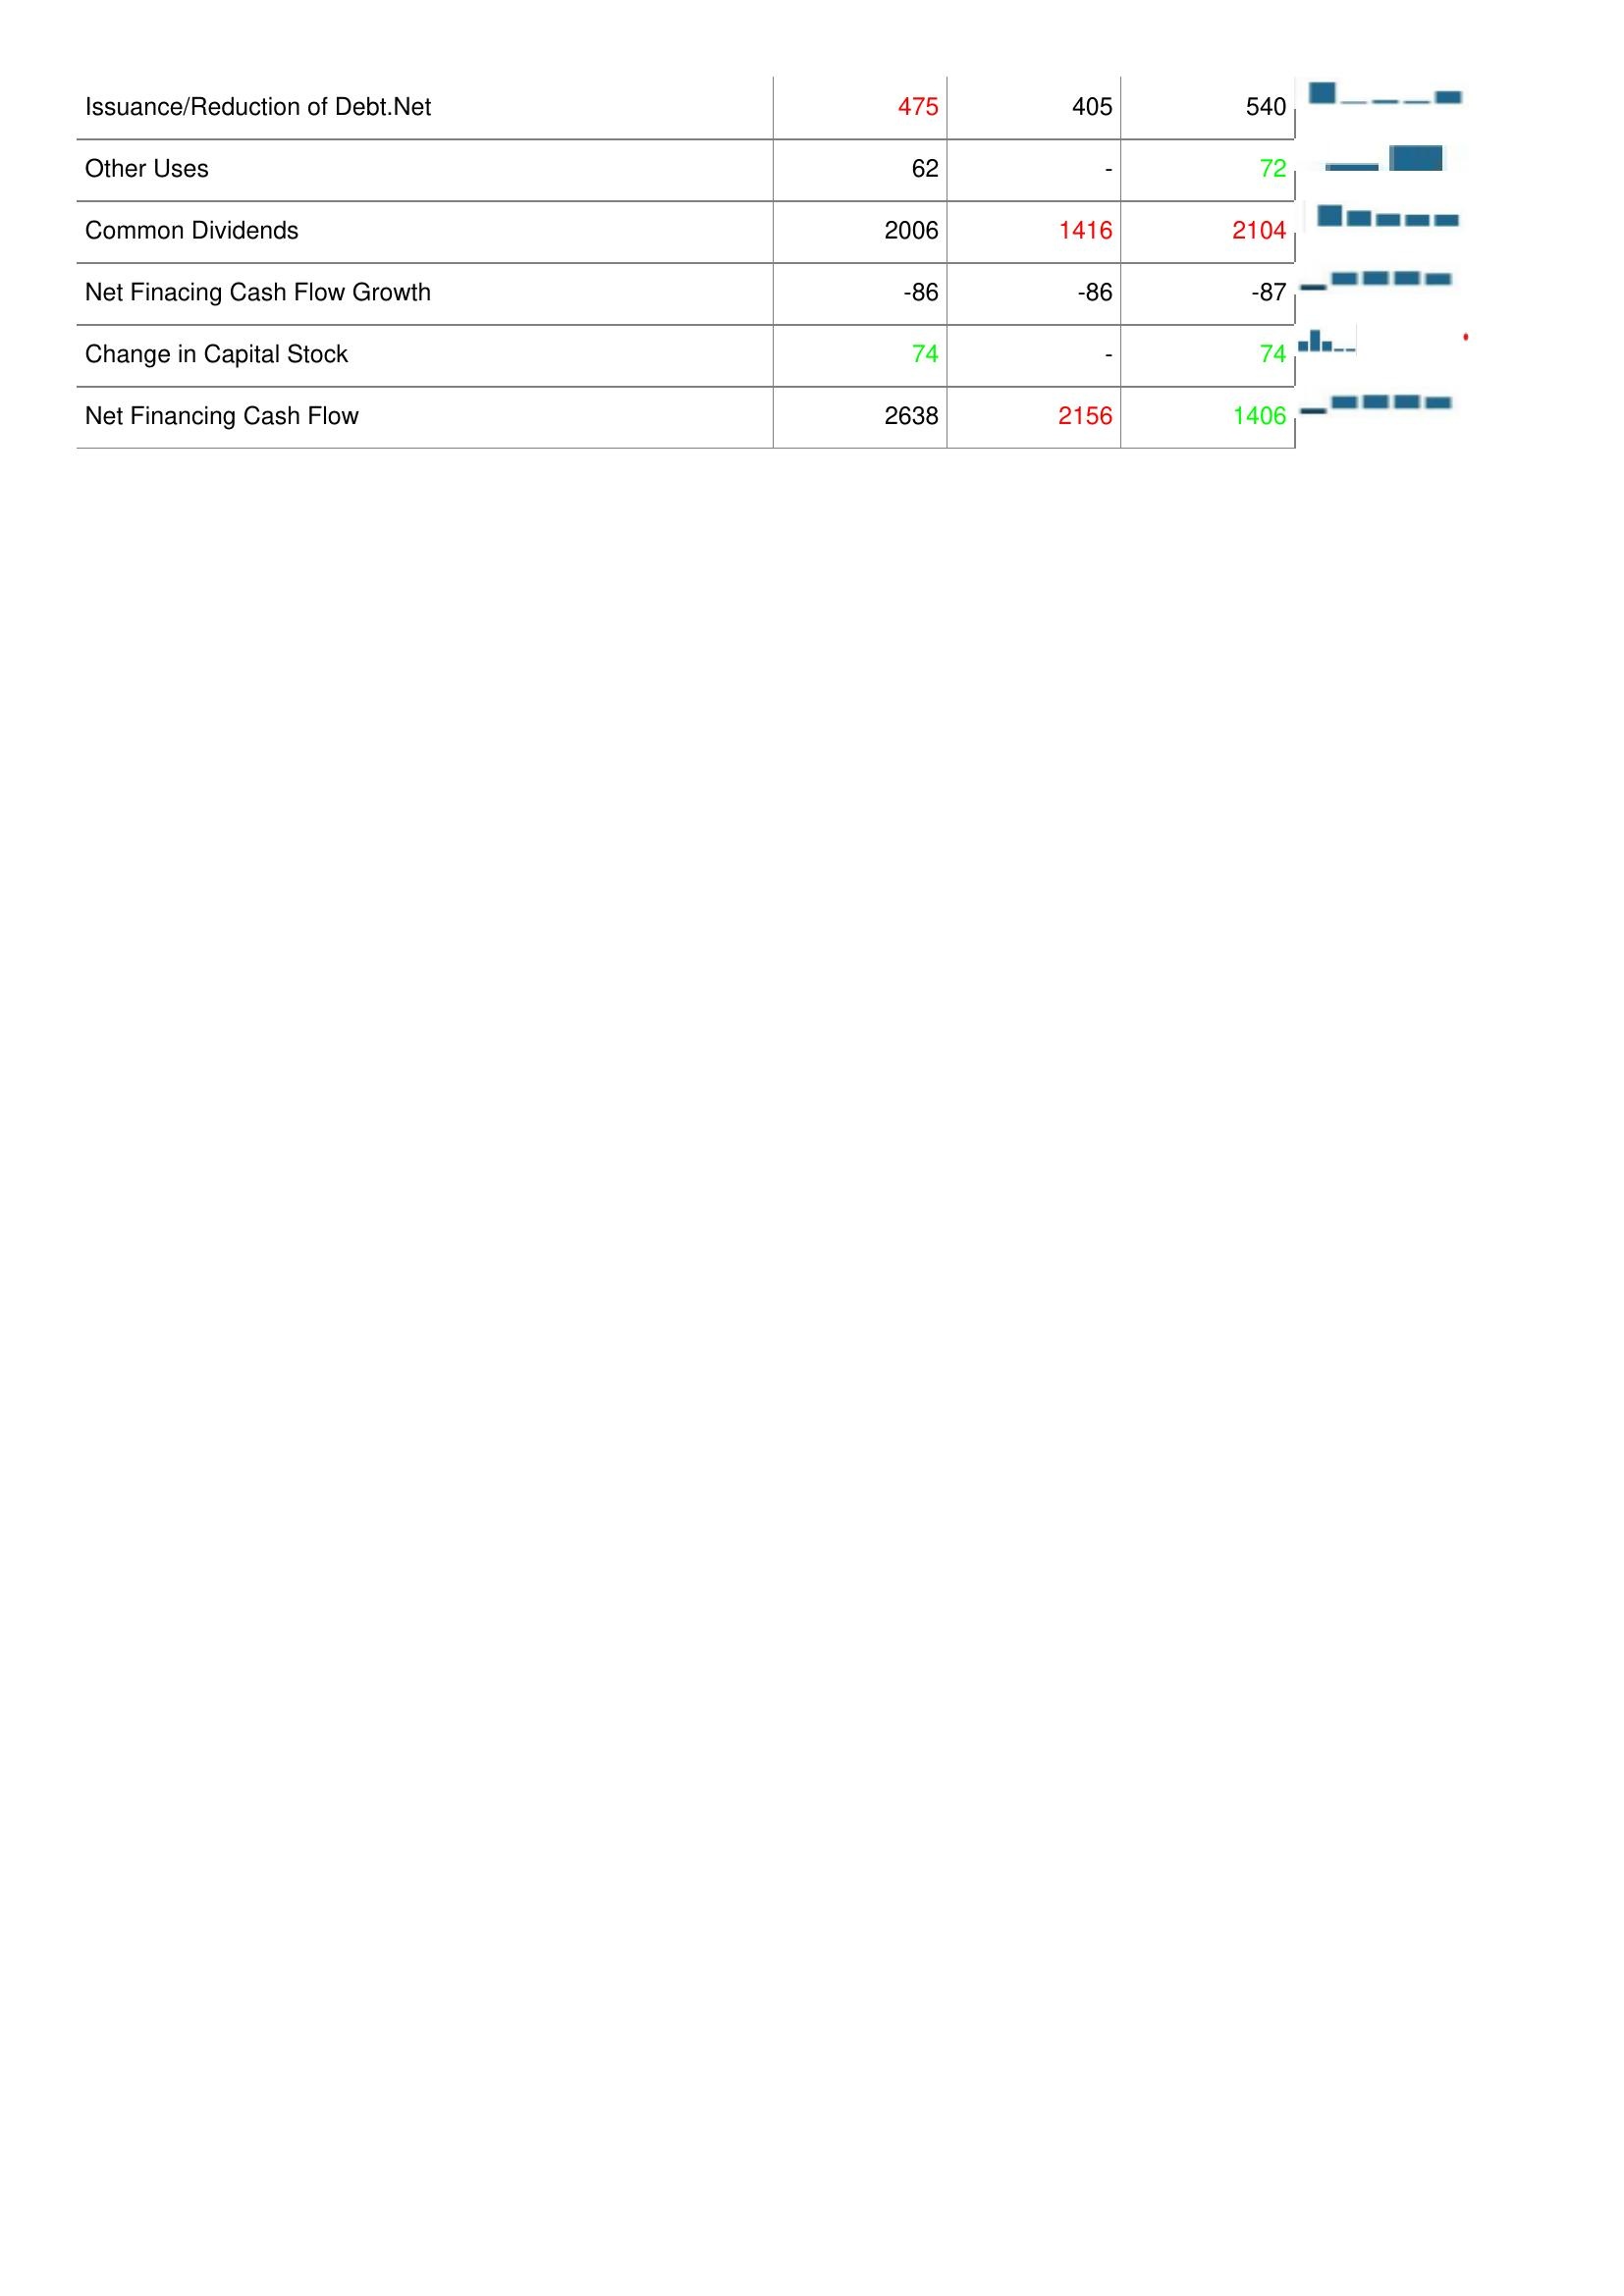
2015: Financing Activities: Issuance/Reduction of Debt.Net: 475
Other Uses: 62
Common Dividends: 2006
Net Finacing Cash Flow Growth: -86
Change in Capital Stock: 74
Net Financing Cash Flow: 2638
2016: Financing Activities: Issuance/Reduction of Debt.Net: 405
Other Uses: -
Common Dividends: 1416
Net Finacing Cash Flow Growth: -86
Change in Capital Stock: -
Net Financing Cash Flow: 2156
2017: Financing Activities: Issuance/Reduction of Debt.Net: 540
Other Uses: 72
Common Dividends: 2104
Net Finacing Cash Flow Growth: -87
Change in Capital Stock: 74
Net Financing Cash Flow: 1406